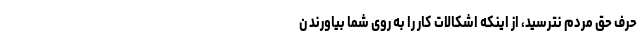
حرفِ حق مردم نترسید، از اینکه اشکالات کار را به روی شما بیاورند ن